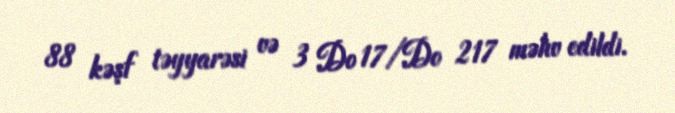
88 kəşf təyyarəsi və 3 Do 17/Do 217 məhv edildi.